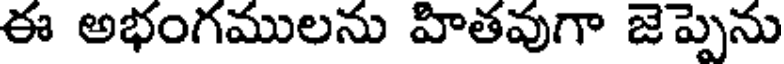
ఈ అభంగములను హితవుగా జెప్పెను